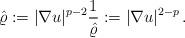
LaTeX: \begin{align*}\hat \varrho:=|\nabla u|^{p-2}\frac{1}{\hat \varrho}:=|\nabla u|^{2-p}\,.\end{align*}